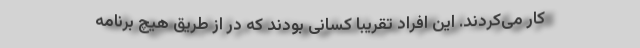
کار می‌کردند. این افراد تقریبا کسانی بودند که در از طریق هیچ برنامه